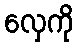
လှေကို